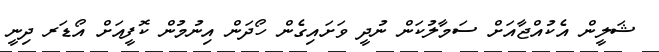
ޝަލީން އެކުއްޖާއަށް ސަމާލުކަން ނުދީ ވަށައިގެން ހޯދަން އިނުމުން ކޮފީއަށް އޯޑަރ ދިނީ